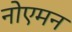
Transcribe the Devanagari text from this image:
नोएमन